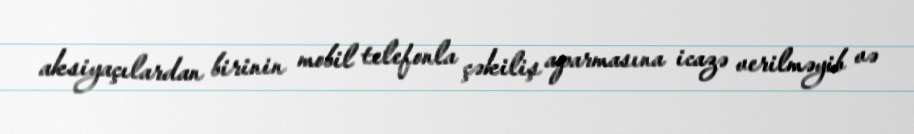
aksiyaçılardan birinin mobil telefonla çəkiliş aparmasına icazə verilməyib və